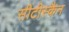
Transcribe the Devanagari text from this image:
सीटीस्कैन